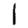
Digit: 1